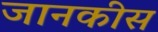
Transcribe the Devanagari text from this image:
जानकीस